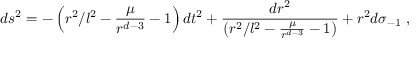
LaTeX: d s ^ { 2 } = - \left( r ^ { 2 } / l ^ { 2 } - \frac { \mu } { r ^ { d - 3 } } - 1 \right) d t ^ { 2 } + \frac { d r ^ { 2 } } { \left( r ^ { 2 } / l ^ { 2 } - \frac { \mu } { r ^ { d - 3 } } - 1 \right) } + r ^ { 2 } d \sigma _ { - 1 } \; ,